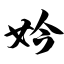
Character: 妗